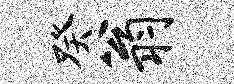
癸翁